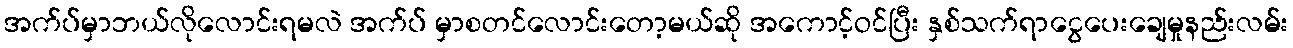
အက်ပ်မှာဘယ်လိုလောင်းရမလဲ အက်ပ် မှာစတင်လောင်းတော့မယ်ဆို အကောင့်ဝင်ပြီး နှစ်သက်ရာငွေပေးချေမှုနည်းလမ်း